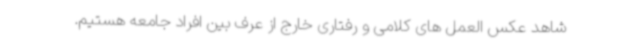
شاهد عکس العمل های کلامی و رفتاری خارج از عرف بین افراد جامعه هستیم.